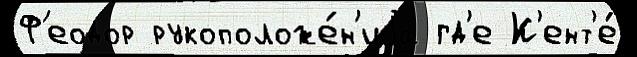
Ф'еодор рукоположе́н'иjа гд'е К'ент'е́